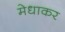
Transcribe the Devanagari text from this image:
मेधाकर